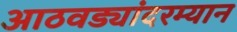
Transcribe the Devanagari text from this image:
आठवड्यांदरम्यान